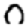
Digit: 0